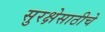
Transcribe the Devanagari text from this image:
सुरक्षेसाठीचे